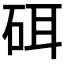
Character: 𰦳